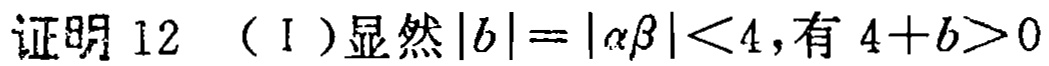
证明 12 （I）显然\(|b| = |\alpha\beta| < 4\)，有\(4 + b > 0\)